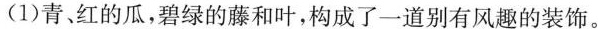
(1)青、红的瓜，碧绿的藤和叶，构成了一道别有风趣的装饰。